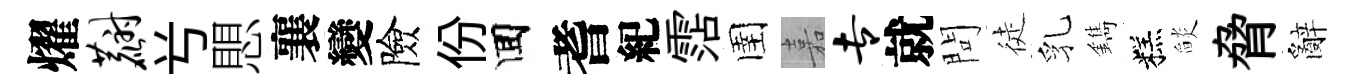
燿麝𠔃愳襄變險份囬耆紀霑圉嘉专就問徒乳鐫糕𦦨脅辭